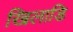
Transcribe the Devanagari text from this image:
खिलाडि